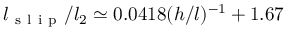
l _ { \mathrm { ~ s ~ l ~ i ~ p ~ } } / l _ { 2 } \simeq 0 . 0 4 1 8 ( h / l ) ^ { - 1 } + 1 . 6 7